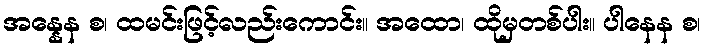
အန္နေန စ၊ ထမင်းဖြင့်လည်းကောင်း။ အထော၊ ထိုမှတစ်ပါး။ ပါနေန စ၊